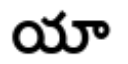
యా